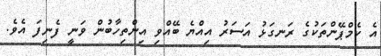
އެ ކެމްޕޭންތަކުގެ ރަނގަޅު އަސަރު އިއްޔެ ބޭއްވި އިންތިހާބުން ވަނީ ފެނިފަ އެވެ.